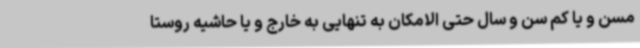
مسن و یا کم سن و سال حتی الامکان به تنهایی به خارج و یا حاشیه روستا